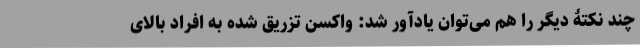
چند نکتۀ دیگر را هم می‌توان یادآور شد: واکسن تزریق شده به افراد بالای